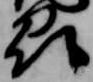
州